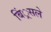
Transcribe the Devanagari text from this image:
बिं्रसले